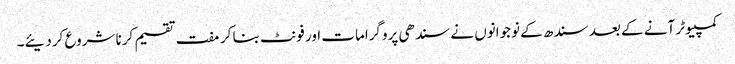
کمپیوٹر آنے کے بعد سندھ کے نوجوانوں نے سندھی پروگرامات اور فونٹ بنا کر مفت تقسیم کرنا شروع کردیئے۔